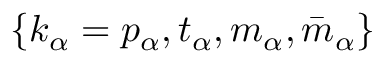
\{ k _ { \alpha } = p _ { \alpha } , t _ { \alpha } , m _ { \alpha } , \bar { m } _ { \alpha } \}